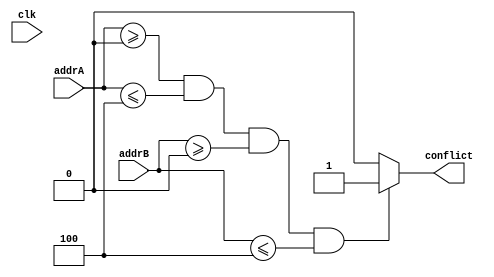
module conflict_block #(parameter ADDR_WIDTH = 13, lower_addr = 0, upper_addr = 4) ( 
    input clk,
    input [ADDR_WIDTH-1:0] addrA,
    input [ADDR_WIDTH-1:0] addrB, 
    output reg conflict //
    );


    always @(*) begin 
        if (addrA >= lower_addr && addrA <= upper_addr && addrB >= lower_addr && addrB <= upper_addr) begin
            conflict <= 1'b1;
        end else begin
            conflict <= 1'b0;
        end

    end
    

endmodule